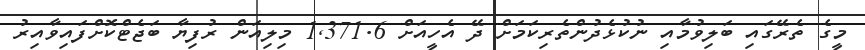
މީގެ ތެރޭގައި ބަލިވުމާއި ނުކުޅެދުންތެރިކަމަށް ދޭ އެހީއަށް 1